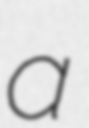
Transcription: a